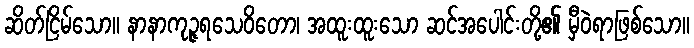
ဆိတ်ငြိမ်သော။ နာနာကုဉ္ဇရသေဝိတော၊ အထူးထူးသော ဆင်အပေါင်းတို့၏ မှီဝဲရာဖြစ်သော။